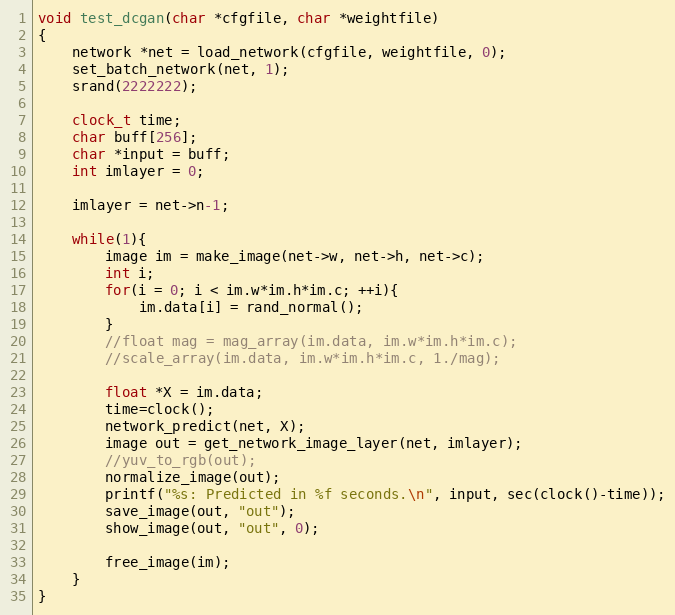
Language: C
void test_dcgan(char *cfgfile, char *weightfile)
{
    network *net = load_network(cfgfile, weightfile, 0);
    set_batch_network(net, 1);
    srand(2222222);

    clock_t time;
    char buff[256];
    char *input = buff;
    int imlayer = 0;

    imlayer = net->n-1;

    while(1){
        image im = make_image(net->w, net->h, net->c);
        int i;
        for(i = 0; i < im.w*im.h*im.c; ++i){
            im.data[i] = rand_normal();
        }
        //float mag = mag_array(im.data, im.w*im.h*im.c);
        //scale_array(im.data, im.w*im.h*im.c, 1./mag);

        float *X = im.data;
        time=clock();
        network_predict(net, X);
        image out = get_network_image_layer(net, imlayer);
        //yuv_to_rgb(out);
        normalize_image(out);
        printf("%s: Predicted in %f seconds.\n", input, sec(clock()-time));
        save_image(out, "out");
        show_image(out, "out", 0);

        free_image(im);
    }
}